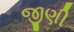
જીણી